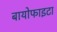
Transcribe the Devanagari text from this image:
बायोफाइटा